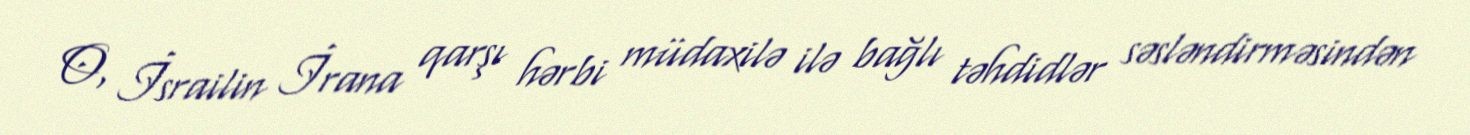
O, İsrailin İrana qarşı hərbi müdaxilə ilə bağlı təhdidlər səsləndirməsindən